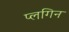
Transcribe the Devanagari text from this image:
प्लगिन